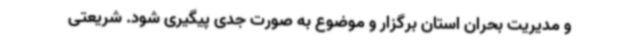
و مدیریت بحران استان برگزار و موضوع به صورت جدی پیگیری شود. شریعتی